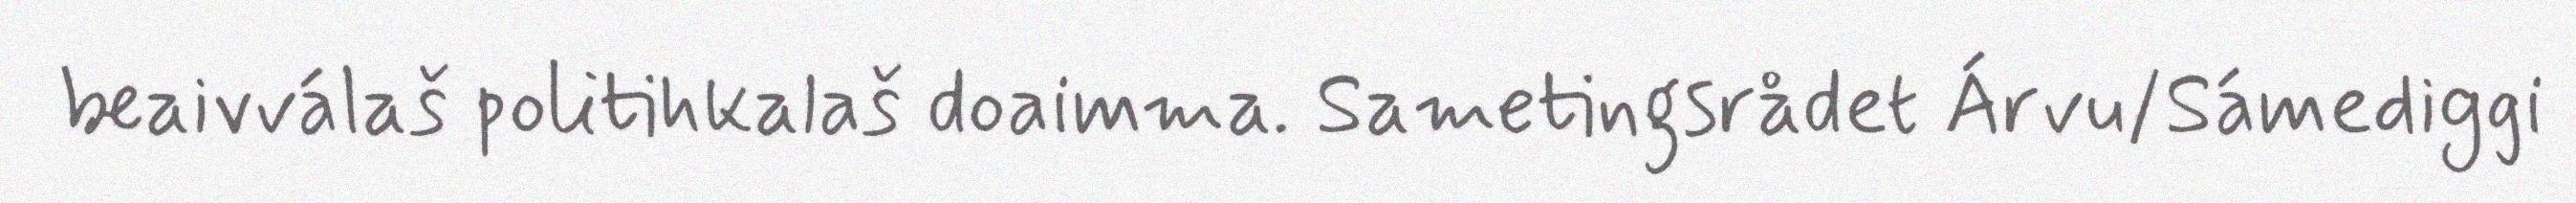
beaivválaš politihkalaš doaimma. Sametingsrådet Árvu/Sámediggi